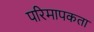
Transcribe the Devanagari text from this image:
परिमापकता